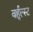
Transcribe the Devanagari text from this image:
वर्हुल्स्ट